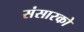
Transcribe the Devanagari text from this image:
संसारको